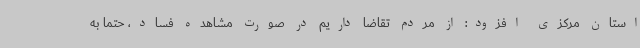
استان مرکزی افزود: از مردم تقاضا داریم در صورت مشاهده فساد، حتما به